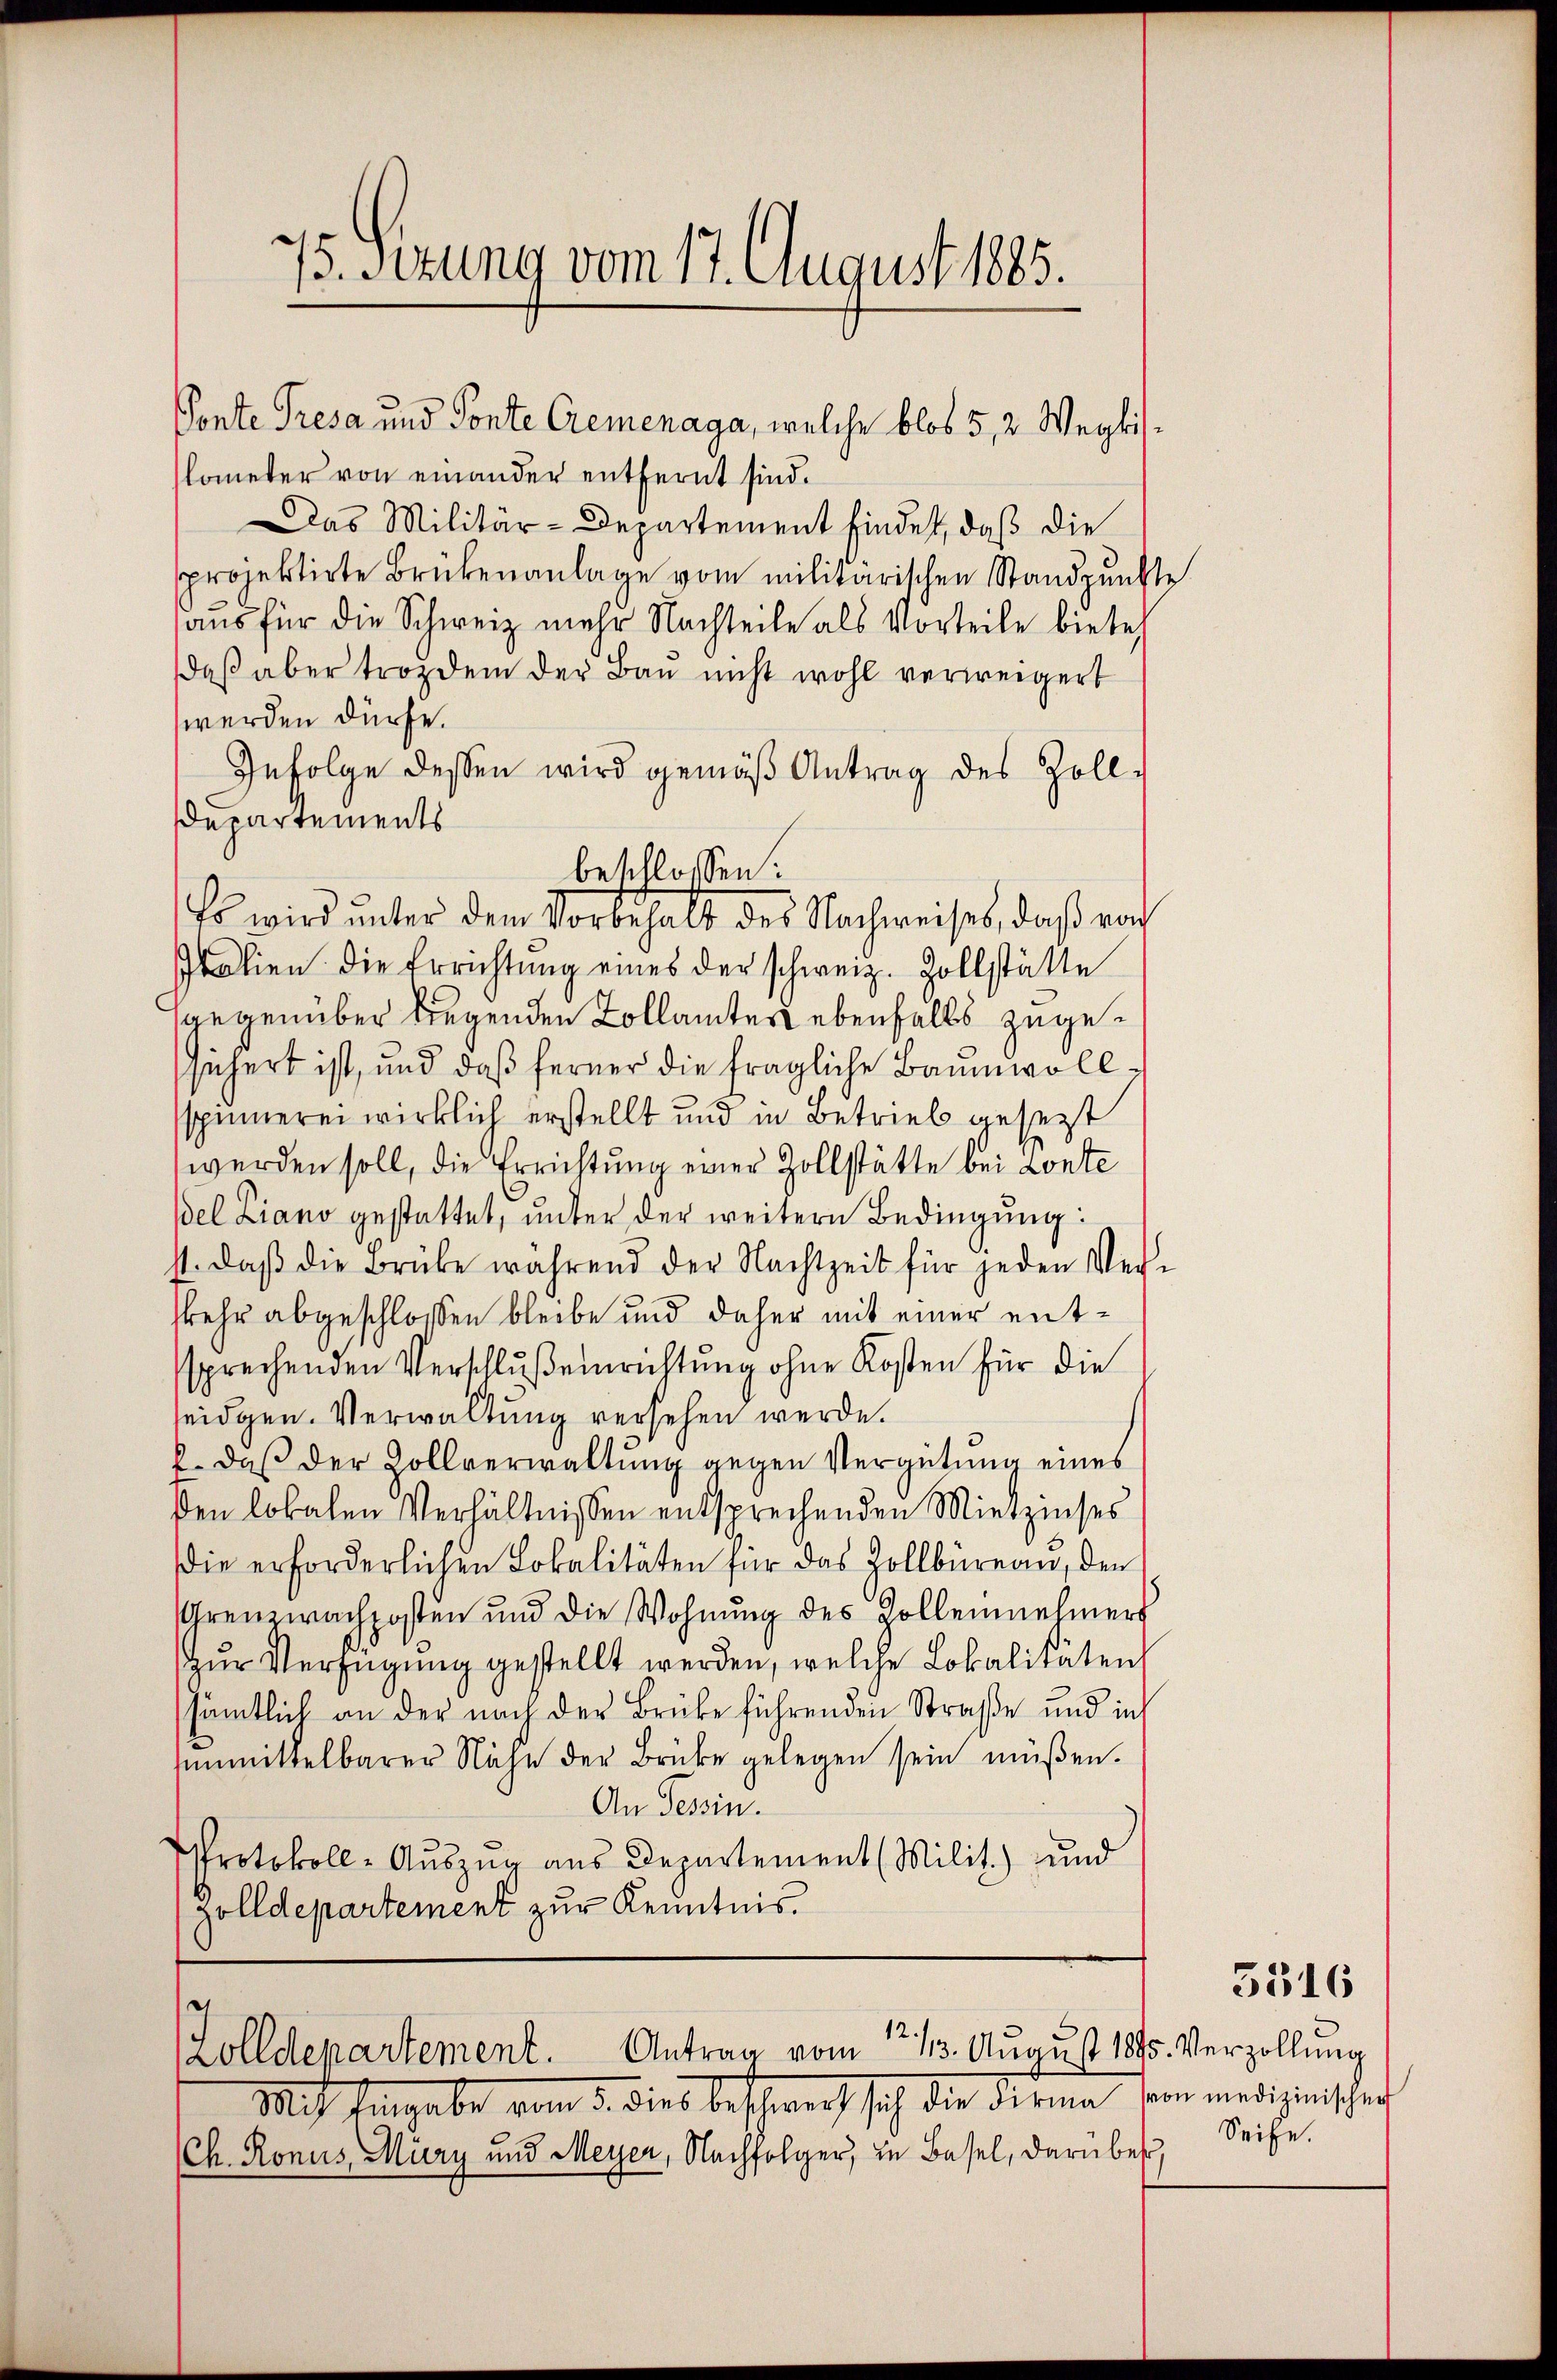
75. Setung vom 17. August 1885.

Ponte Tresa und Ponte Cremenaga, welche blos 5, 2 Wegkislometer von einander entfernt sind.
Das Militär-Departement findet, daß die
sprojektirte Brükenanlage vom militärischen Standpunkte
aŭs für die Schweiz mehr Nachteile als Vorteile biete
daß aber trozdem der Bau nicht wohl verweigert
werden dürfe.
Infolge dessen wird gemäß Antrag des Zoll-
Departements
beschlossen:
Es wird unter dem Vorbehalt des Nachweises, daß nach
Italien die Errichtŭng eines der schweiz. Zollstätte
gegenüber liegenden Kollamter ebenfalls zugesichert ist, und daß ferner die fragliche Baumwollspinnerei wirklich erstellt und in Betrieb gesezt
werden soll, die Errichtung einer Zollstätte bei Lonte
el Ziano gestattet, unter der weitern Bedingung:
1. daβ die Brüke während der Nachtzeit für jeden Ver-
Mehr abgeschlossen bleibe und daher mit einer entssprechenden Verschluß einrichtung ohne Kosten für die
seidgen. Verwaltung versehen werde.
k. daβ der Zollverwaltŭng gegen Vergütung eines
ßen lokalen Verhältnissen entsprechenden Mietzinses
Die erforderlichen Lokalitäten für das Zollbüreau, den
Grenzwachposten und die Wohnŭng des Zollennehmers
Zŭr Verfügung gestellt werden, welche Lokalitäten
sämtlich an der nach der Brüke führenden Straße und in
ummittelbarer Nähe der Brüke gelegen sein müßen.
An Tessin.
Protokoll-Auszug aus Departement (Milit.) und
zolldepartement zur Kenntnis.

g
12
Zolldepartement. Antrag vom 13. August 1895. Verzollung

Mit Eingabe vom 3. dies beschweiz sich die Firma von medizinischen
Ch. Ronus Müry und Meyer, Nachfolger, in Basel, darüber

3316

Seife.